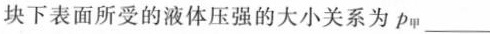
块下表面所受的液体压强的大小关系为p_{甲}___